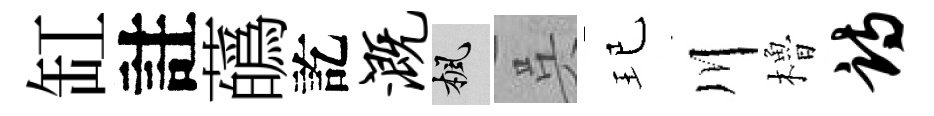
缸註蘤訖溉楓呉玘川櫓诗